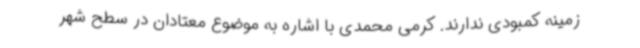
زمینه کمبودی ندارند. کرمی محمدی با اشاره به موضوع معتادان در سطح شهر